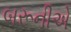
બરૂનીએ